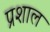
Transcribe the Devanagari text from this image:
प्रशाल